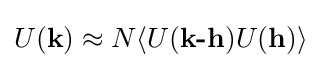
U({\textbf {k}})\approx N\langle U({\textbf {k-h}})U({\textbf {h}})\rangle